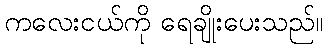
ကလေးငယ်ကို ရေချိုးပေးသည်။